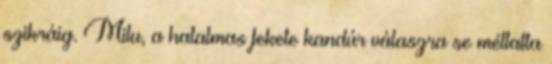
szikráig. Milu, a hatalmas fekete kandúr válaszra se méltatta